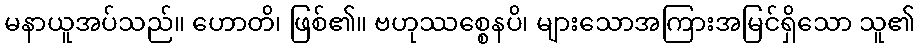
မနာယူအပ်သည်။ ဟောတိ၊ ဖြစ်၏။ ဗဟုဿစ္စေနပိ၊ များသောအကြားအမြင်ရှိသော သူ၏